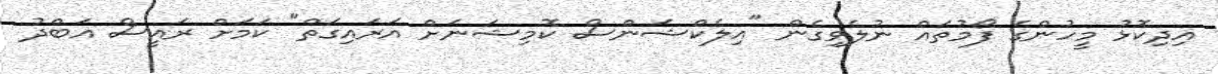
އިދިކޮޅު މީހުންގެ ފޯމުތައް ނުލެވިގެން "އިލެކްޝަންސް ކޮމިޝަނަށް އަރައިގަތް" ކަމަށް ރައީސް އަބްދު